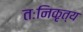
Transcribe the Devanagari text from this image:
तःनिकृत्य